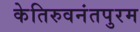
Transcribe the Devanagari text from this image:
केतिरुवनंतपुरम